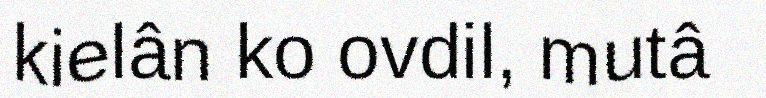
kielân ko ovdil, mutâ